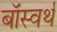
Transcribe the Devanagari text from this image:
बॉस्वर्थ